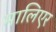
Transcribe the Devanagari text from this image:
मालिएर